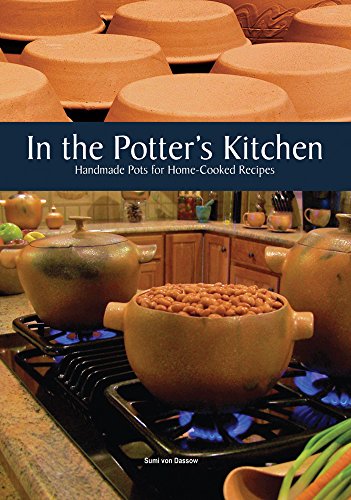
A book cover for In the Potter's Kitchen: Handmade Pots for Home-cooked Recipes; Sumi von Dassow; Crafts, Hobbies & Home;